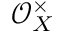
{ \mathcal { O } } _ { X } ^ { \times }